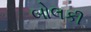
બોલકી